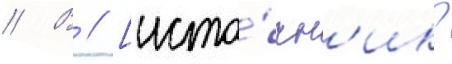
// В // [исто́чн'ик?